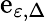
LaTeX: \mathrm{e}_{\varepsilon,\Delta}